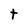
Character: t